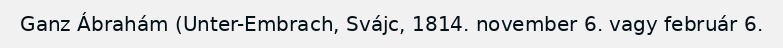
Ganz Ábrahám (Unter-Embrach, Svájc, 1814. november 6. vagy február 6.